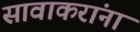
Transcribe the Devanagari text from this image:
सावाकरांना